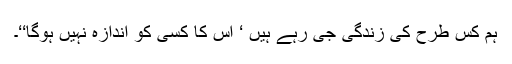
ہم کس طرح کی زندگی جی رہے ہیں ‘ اس کا کسی کو اندازہ نہیں ہوگا‘‘۔